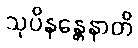
သုပိနန္တေနာတိ